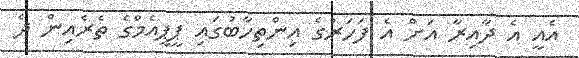
އެއީ އެ ދާއިރާ އަށް އެ ފަހަރުގެ އިންތިހާބުގައި ޕީޕީއެމްގެ ތެރެއިން ދެ